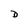
Character: D